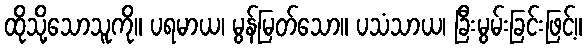
ထိုသို့သောသူကို။ ပရမာယ၊ မွန်မြတ်သော။ ပသံသာယ၊ ခြီးမွမ်းခြင်းဖြင့်။